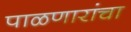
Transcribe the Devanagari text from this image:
पाळणारांचा